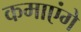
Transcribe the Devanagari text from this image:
कमाएंगे